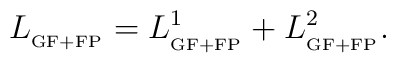
L_{_{{\rm GF+FP}}}=L_{_{{\rm GF+FP}}}^{1}+L_{_{{\rm GF+FP}}}^{2}.